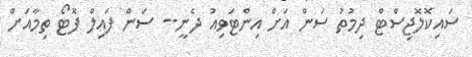
ސައިކޮލޮޖިސްޓް ދިމުތު ސަން އަށް އިންޓަވިއު ދެނީ-- ސަން ފައިލް ފޮޓޯ ތިމާއަށް